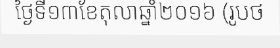
ថ្ងៃទី១៣ខែតុលាឆ្នាំ២០១៦ (រូបថ